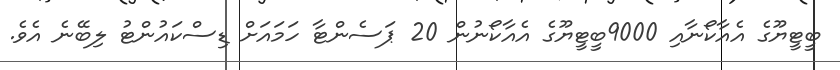
ބީޓީޔޫގެ އެއާކޯނާއި 9000ބީޓީޔޫގެ އެއާކޯނުން 20 ޕަސެންޓާ ހަމައަށް ޑިސްކައުންޓު ލިބޭނެ އެވެ.